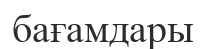
бағамдары